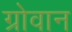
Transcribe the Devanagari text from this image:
ग्रोवान